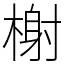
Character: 榭